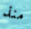
منذ